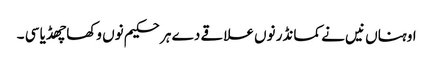
اوہناں نیں نے کمانڈر نوں علاقے دے ہر حکیم نوں وکھا چھڈیا سی ۔